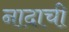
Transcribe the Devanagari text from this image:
नादाची